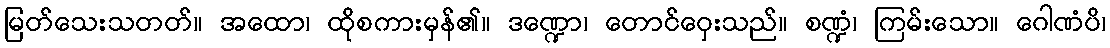
မြတ်သေးသတတ်။ အထော၊ ထိုစကားမှန်၏။ ဒဏ္ဍော၊ တောင်ဝှေးသည်။ စဏ္ဍံ၊ ကြမ်းသော။ ဂေါဏံပိ၊